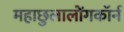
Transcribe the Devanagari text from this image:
महाछुलालोंगकॉर्न